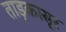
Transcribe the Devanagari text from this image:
ताड़कासूर